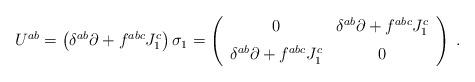
LaTeX: \begin{align*}U^{ab} = \left(\delta^{ab} \partial + f^{abc} J_{1}^{c}\right) \sigma_{1} =\left(\begin{array}{cc}0 & \delta^{ab}\partial + f^{abc}J_{1}^{c}\\\noalign{\vspace{6pt}}\delta^{ab}\partial + f^{abc}J_{1}^{c} & 0\end{array}\right)\;.\end{align*}